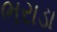
ભરાડા